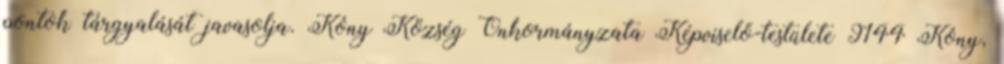
pontok tárgyalását javasolja. Kóny Község Önkormányzata Képviselő-testülete 9144 Kóny,